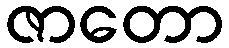
ဇာတော